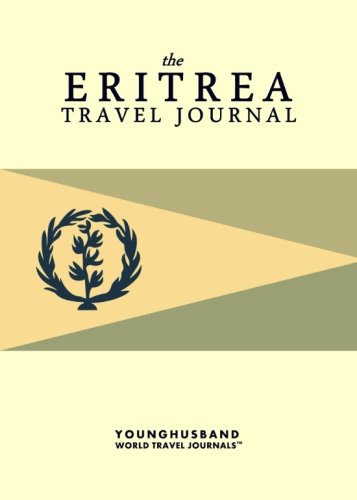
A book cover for The Eritrea Travel Journal; Younghusband World Travel Journals; Travel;